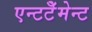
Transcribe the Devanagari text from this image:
एन्टटेँमेन्ट